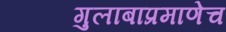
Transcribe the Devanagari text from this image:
गुलाबाप्रमाणेच